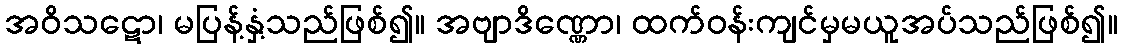
အဝိသဋော၊ မပြန့်နှံ့သည်ဖြစ်၍။ အဗျာဒိဏ္ဏော၊ ထက်ဝန်းကျင်မှမယူအပ်သည်ဖြစ်၍။